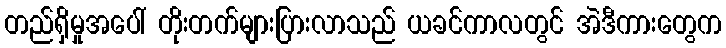
တည်ရှိမှုအပေါ် တိုးတက်များပြားလာသည် ယခင်ကာလတွင် အဲဒီကားတွေက